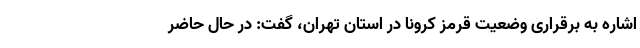
اشاره به برقراری وضعیت قرمز کرونا در استان تهران، گفت: در حال حاضر